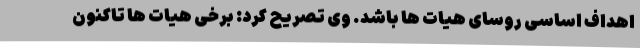
اهداف اساسی روسای هیات ها باشد. وی تصریح کرد: برخی هیات ها تاکنون